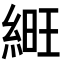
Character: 𦁽